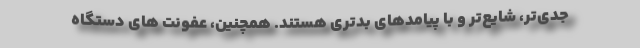
جدی‌تر، شایع‌تر و با پیامدهای بدتری هستند. همچنین، عفونت های دستگاه